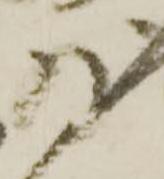
為